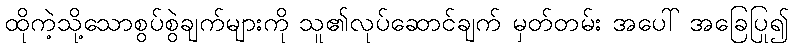
ထိုကဲ့သို့သောစွပ်စွဲချက်များကို သူ၏လုပ်ဆောင်ချက် မှတ်တမ်း အပေါ် အခြေပြု၍